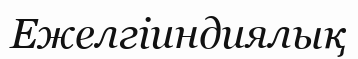
Ежелгіиндиялық